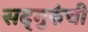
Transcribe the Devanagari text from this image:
सद्‍गुरुंची